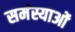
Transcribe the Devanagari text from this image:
समंस्याओं